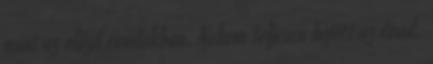
mint az előző évadokban. Nekem teljesen bejött az évad.